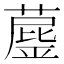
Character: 𦼘